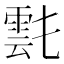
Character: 𩃌